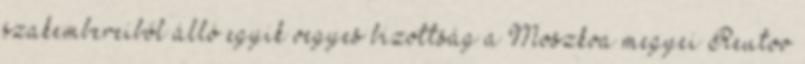
szakembereiből álló egyik vegyes bizottság a Moszkva megyei Reutov